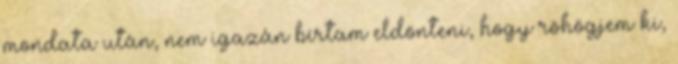
mondata után, nem igazán bírtam eldönteni, hogy röhögjem ki,